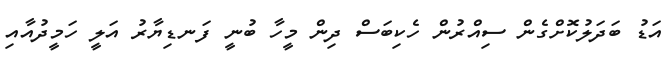
އަޑު ބަދަލުކޮށްގެން ސިއްރުން ހެކިބަސް ދިން މީހާ ބުނީ ފަނޑިޔާރު އަލީ ހަމީދުއާއި